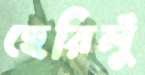
হেরিলুঁ